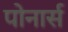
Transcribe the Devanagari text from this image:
पोनार्स